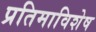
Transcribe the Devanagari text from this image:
प्रतिमाविशेष